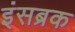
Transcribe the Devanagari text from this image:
इंसब्रक